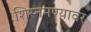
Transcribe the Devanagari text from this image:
शिस्नमण्यावर